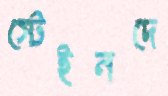
স্টেইনদে